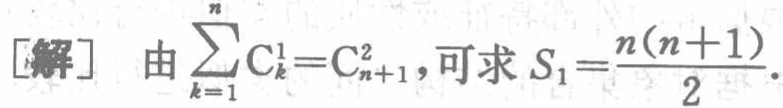
[解] 由$\sum_{k = 1}^{n} \mathrm{C}_{k}^{1}=\mathrm{C}_{n + 1}^{2}$, 可求$S_{1}=\frac{n(n + 1)}{2}$.